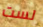
لست